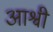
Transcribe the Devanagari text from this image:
आश्वी